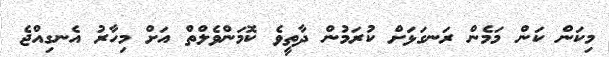
މިކަން ކަން މަމެން ރަނގަޅަށް ކުރަމުން ދާތީވެ ކޮމަންވެލްތް އަށް މިހާރު އެނގިއްޖެ